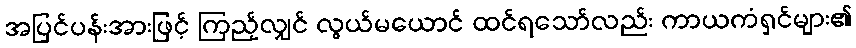
အပြင်ပန်းအားဖြင့် ကြည့်လျှင် လွယ်မယောင် ထင်ရသော်လည်း ကာယကံရှင်များ၏